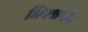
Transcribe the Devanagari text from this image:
भिक्यासैन